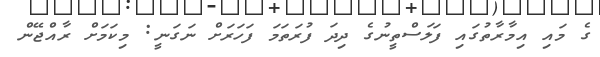
ގެ މައި އިމާރާތުގައި ފަލަސްތީނުގެ ދިދަ ފުރަތަމަ ފަހަރަށް ނަގަނީ: މިކަމަށް ރާއްޖޭން